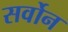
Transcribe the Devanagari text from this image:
सर्वोन